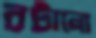
রটানো